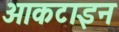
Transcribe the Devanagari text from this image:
ओकटाइन